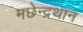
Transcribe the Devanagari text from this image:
मछेन्‍द्रथान